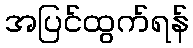
အပြင်ထွက်ရန်